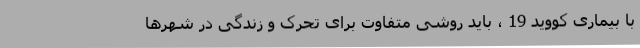
با بیماری کووید 19 ، باید روشی متفاوت برای تحرک و زندگی در شهرها